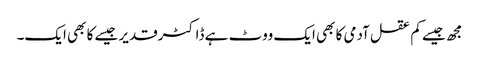
مجھ جیسے کم عقل آدمی کا بھی ایک ووٹ ہے ڈاکٹرقدیر جیسے کا بھی ایک۔